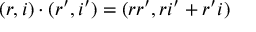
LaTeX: ( r , i ) \cdot ( r ^ { \prime } , i ^ { \prime } ) = ( r r ^ { \prime } , r i ^ { \prime } + r ^ { \prime } i )